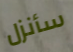
سأنزل